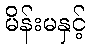
မိန်းမနှင့်